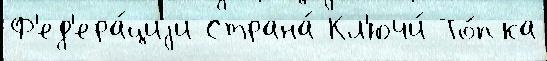
Ф'ед'ера́циjи Страна́ Кл'ючи́ То́пка